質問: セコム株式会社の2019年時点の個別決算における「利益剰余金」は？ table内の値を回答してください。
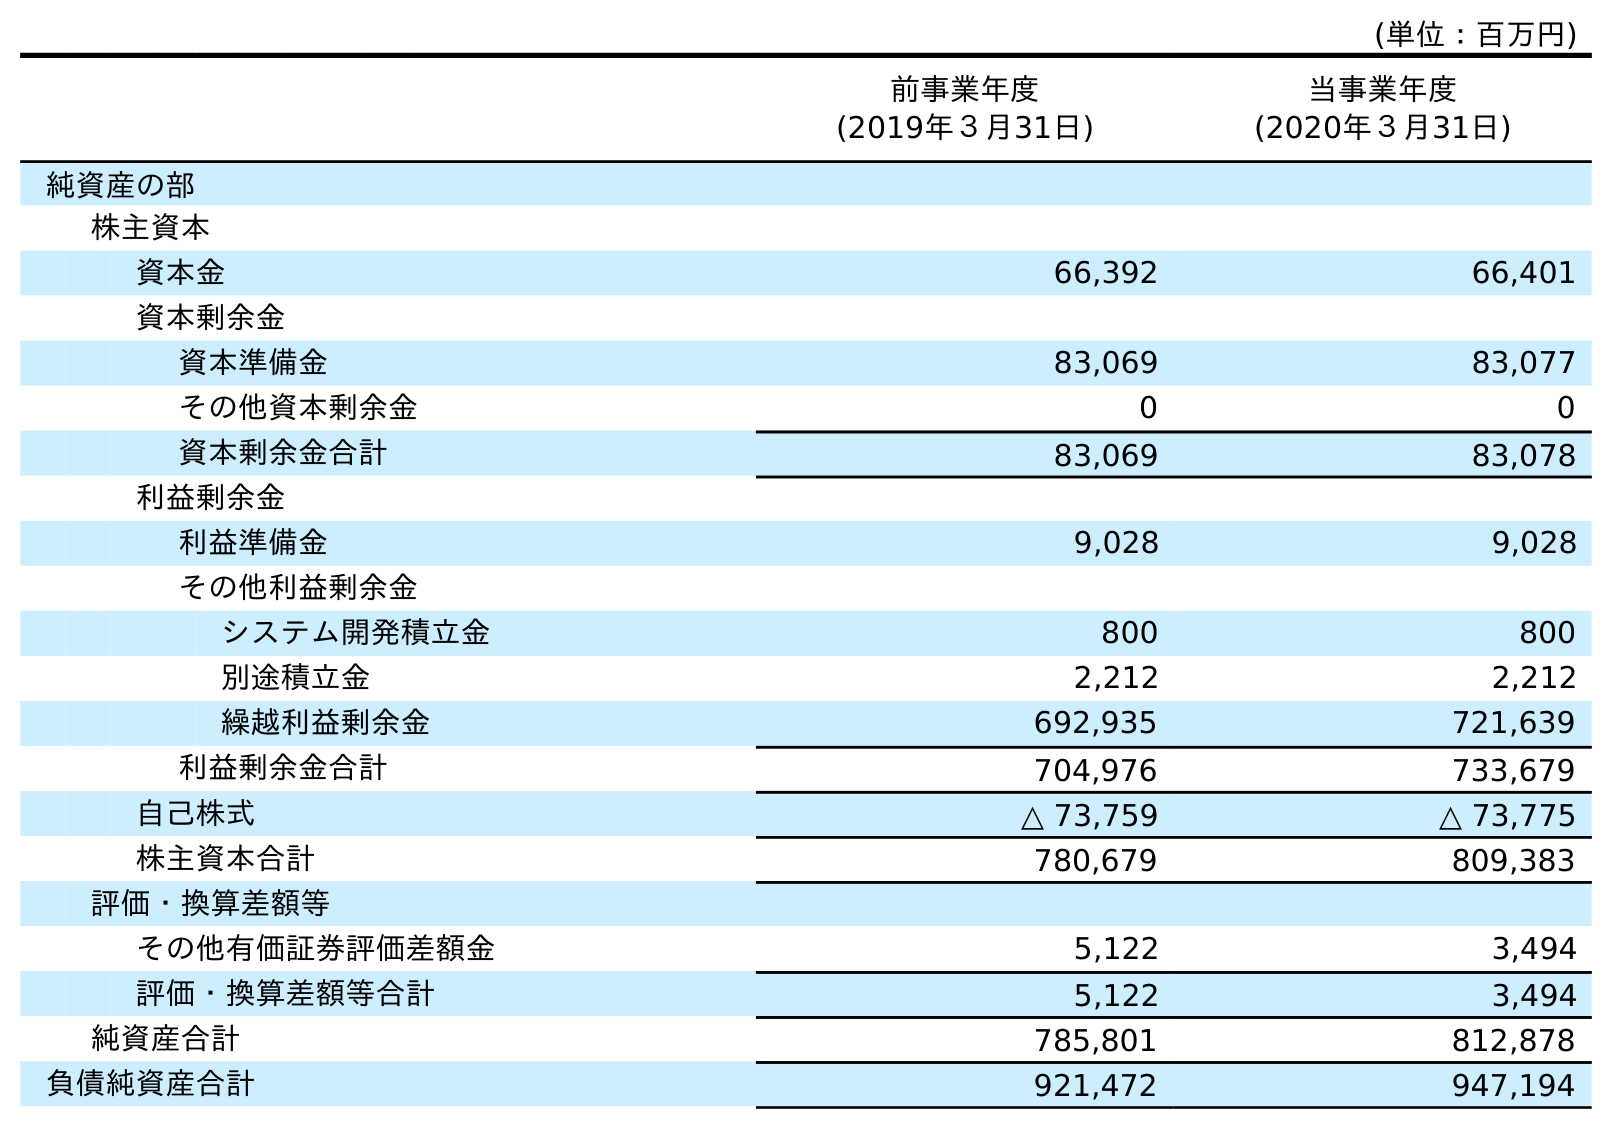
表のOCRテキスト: (単位：百万円) 前事業年度 (2019年３月31日) 当事業年度 (2020年３月31日) 純資産の部 株主資本 資本金 66,392 66,401 資本剰余金 資本準備金 83,069 83,077 その他資本剰余金 0 0 資本剰余金合計 83,069 83,078 利益剰余金 利益準備金 9,028 9,028 その他利益剰余金 システム開発積立金 800 800 別途積立金 2,212 2,212 繰越利益剰余金 692,935 721,639 利益剰余金合計 704,976 733,679 自己株式 △ 73,759 △ 73,775 株主資本合計 780,679 809,383 評価・換算差額等 その他有価証券評価差額金 5,122 3,494 評価・換算差額等合計 5,122 3,494 純資産合計 785,801 812,878 負債純資産合計 921,472 947,194
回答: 704,976